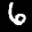
Label: 6